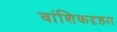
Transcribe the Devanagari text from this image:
वांशिकदृष्ट्या